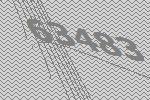
63483